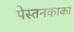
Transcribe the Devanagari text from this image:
पेस्तनकाका